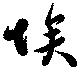
埃